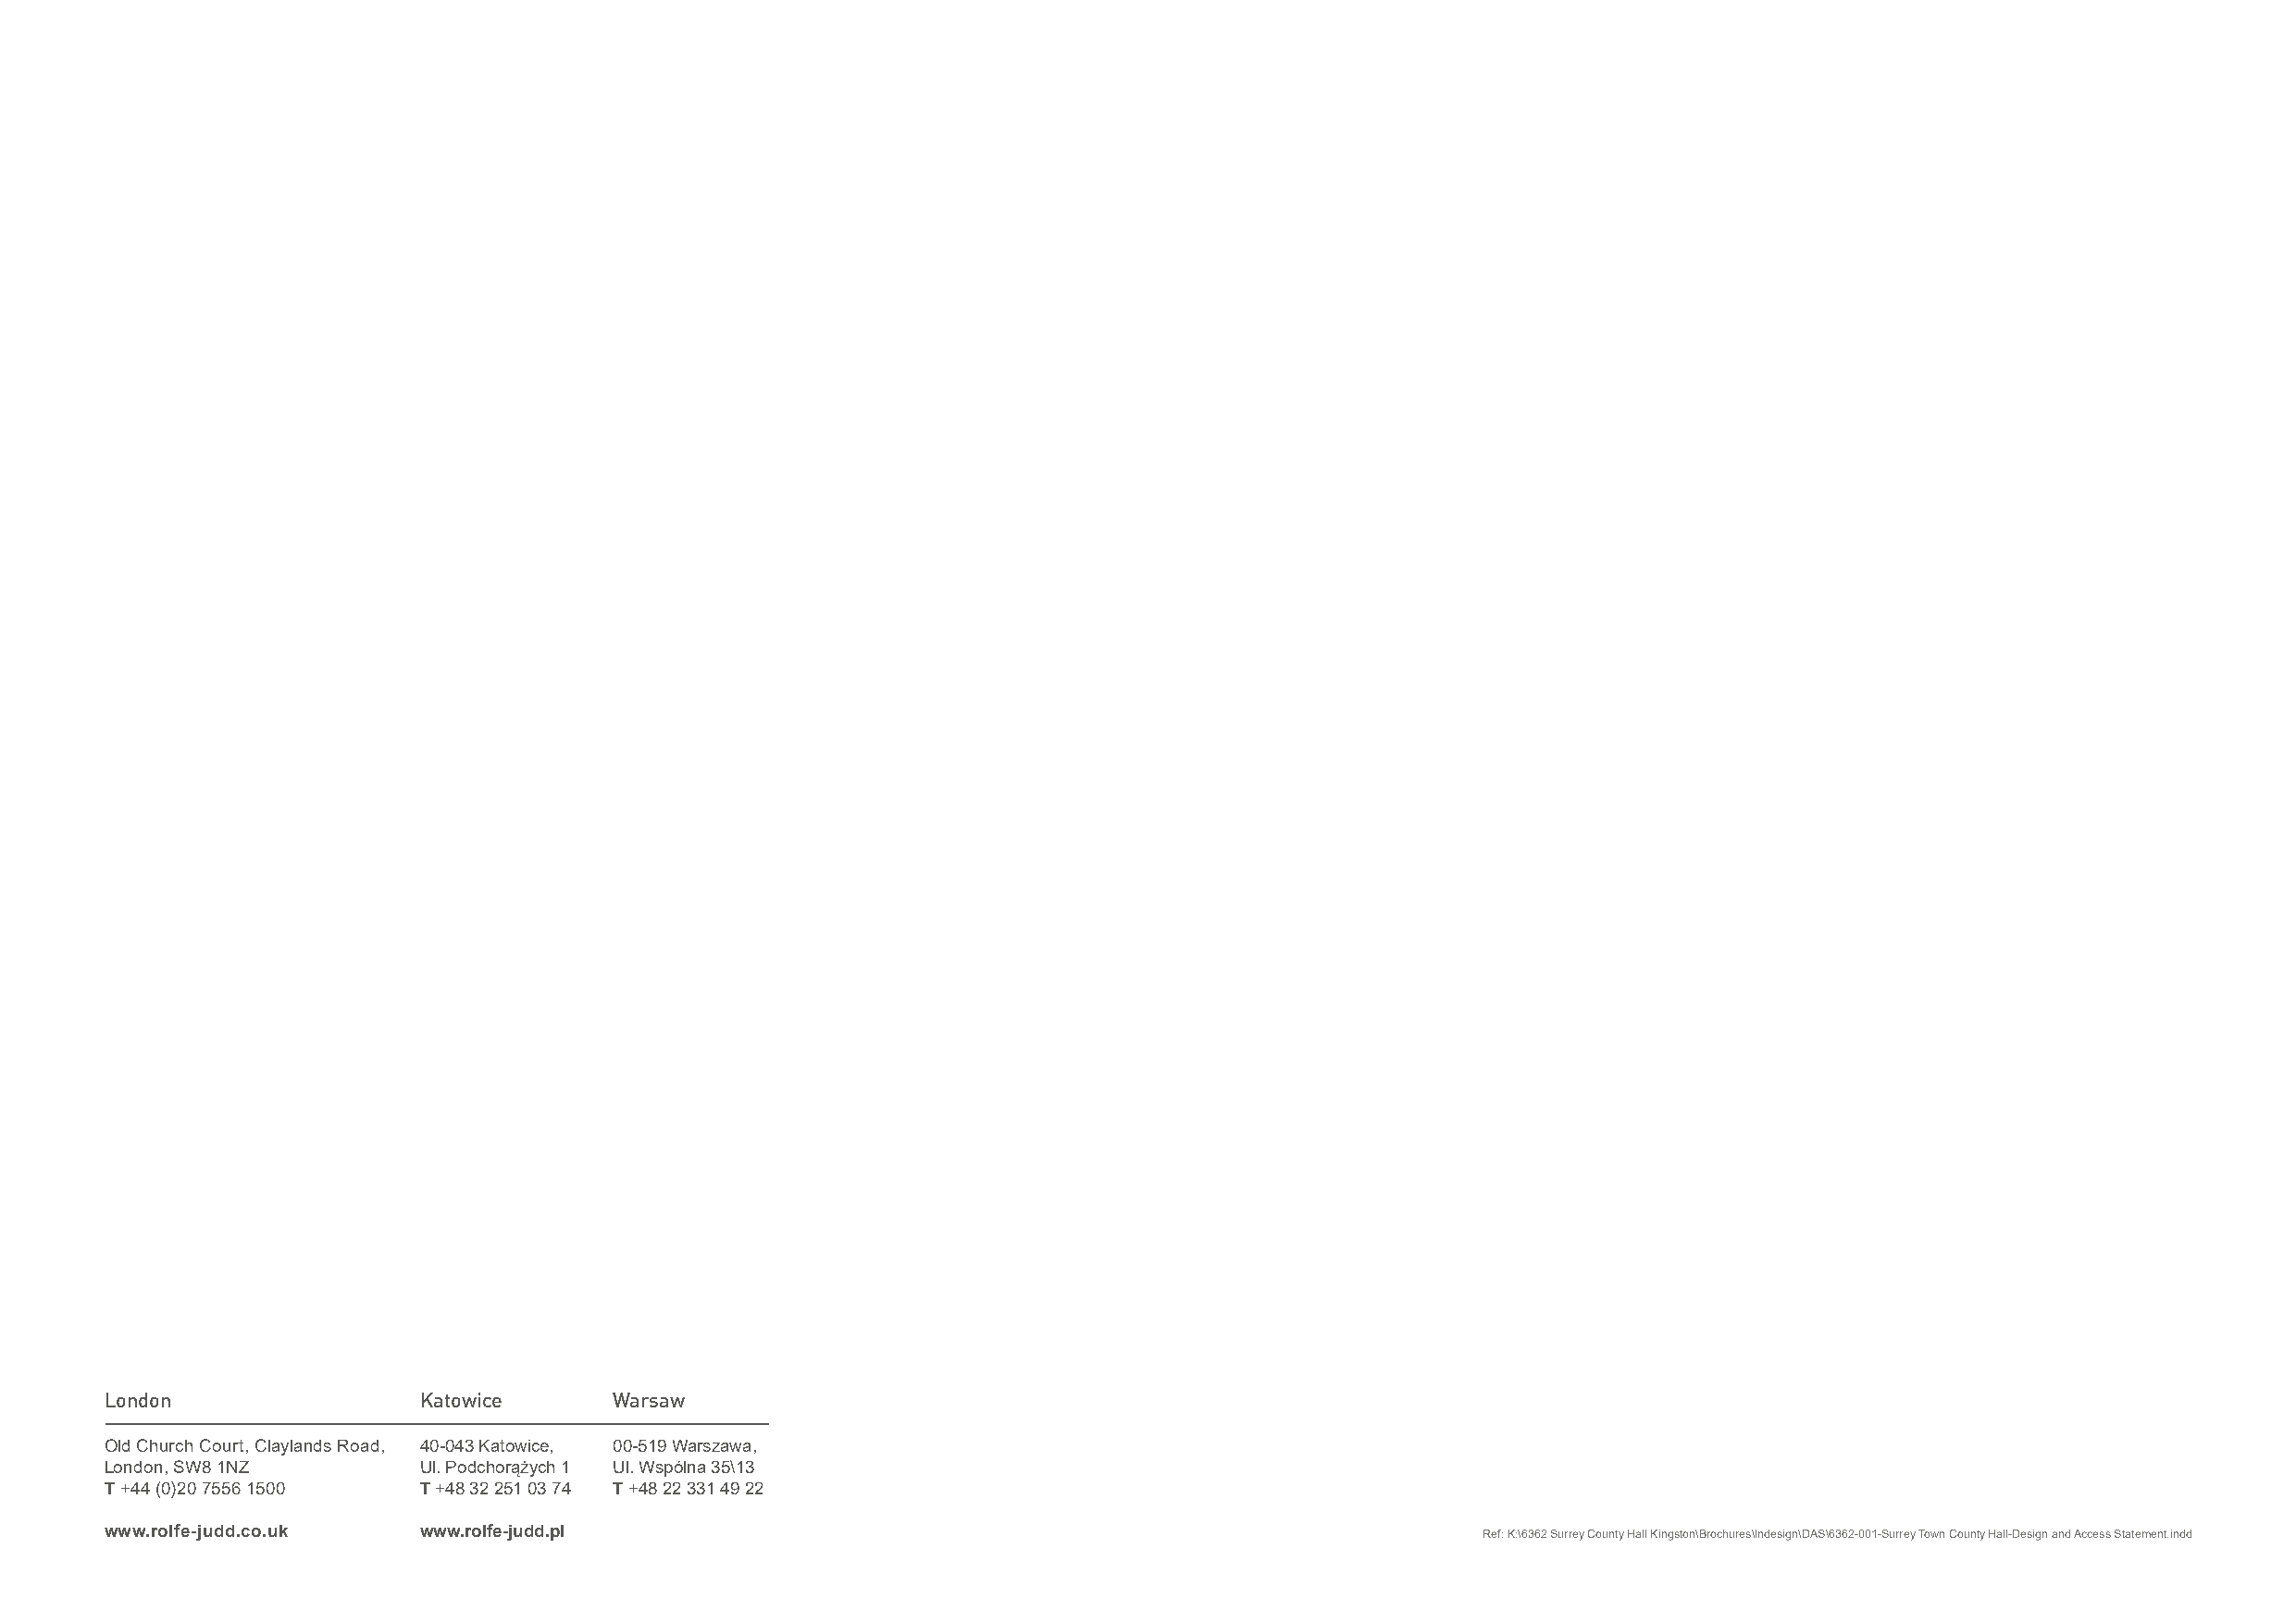
London                 Katowice      Warsaw
 Old Church Court, Claylands Road, 40-043 Katowice, 00-519 Warszawa,
 London, SW8 1NZ        Ul. Podchorążych 1 Ul. Wspólna 35\13
 T +44 (0)20 7556 1500  T +48 32 251 03 74 T +48 22 331 49 22
 www.rolfe-judd.co.uk   www.rolfe-judd.pl                                                           Ref: K:\6362 Surrey County Hall Kingston\Brochures\Indesign\DAS\6362-001-Surrey Town County Hall-Design and Access Statement.indd